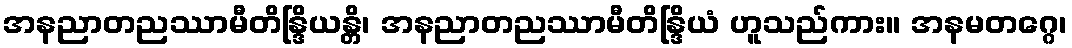
အနညာတညဿာမီတိန္ဒြိယန္တိ၊ အနညာတညဿာမီတိန္ဒြိယံ ဟူသည်ကား။ အနမတဂ္ဂေ၊